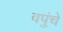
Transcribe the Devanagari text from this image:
वपुंचे